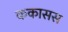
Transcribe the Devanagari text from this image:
ककासस